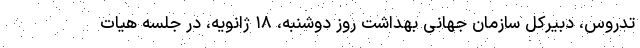
تدروس، دبیرکل سازمان جهانی بهداشت روز دوشنبه، ۱۸ ژانویه، در جلسه هیات